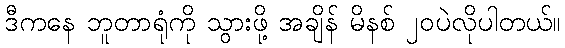
ဒီကနေ ဘူတာရုံကို သွားဖို့ အချိန် မိနစ် ၂၀ပဲလိုပါတယ်။